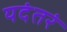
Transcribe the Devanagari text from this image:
यदंतरं